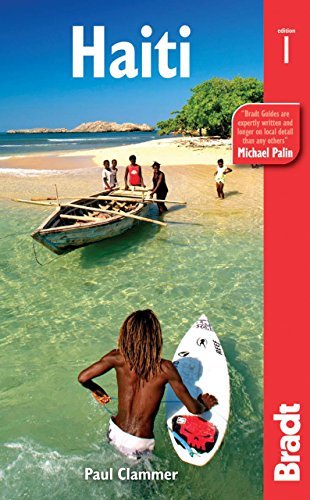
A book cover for By Paul Clammer Haiti (Bradt Travel Guide) (First Edition); Travel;